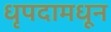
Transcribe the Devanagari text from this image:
धृपदामधून